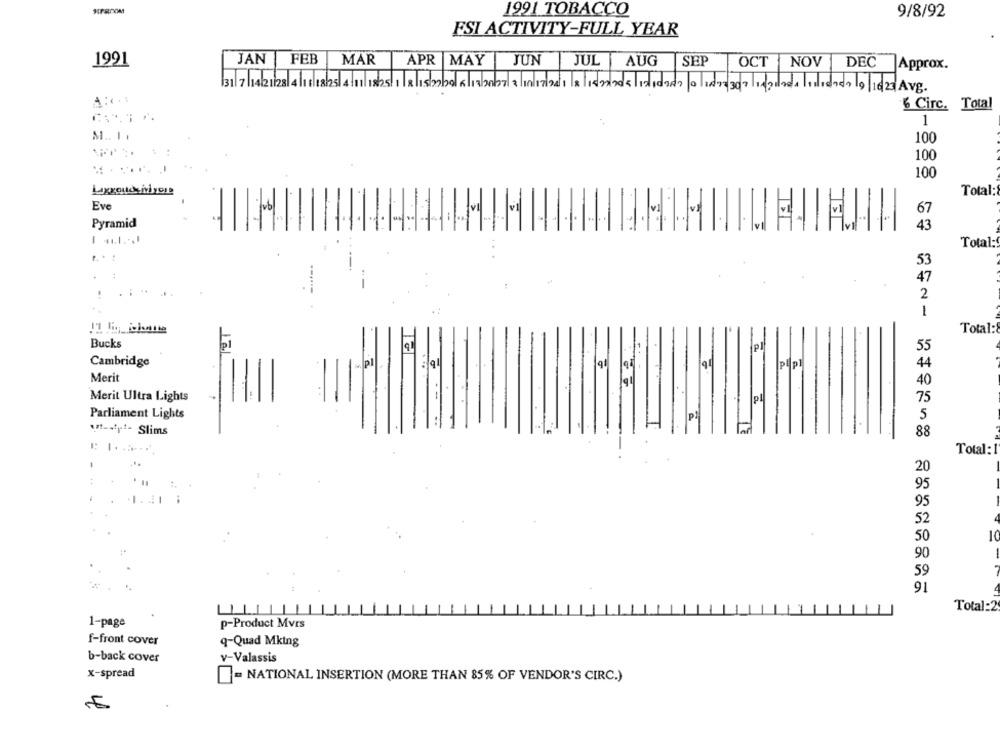
1991 TOBACCO
9/8/92
ESI ACTIVITY-FULL YEAR
JAN
FEB
MAR
1991
APR MAY JUN
JUL AUG SEP
OCT NOV
DEC Approx.
31 7 1421 23 4 16 18 25 4:11 1825 1|8|15 22 09 6 18/2007 3 10 17:241 |8 |1877 26 5 12 10989 |0 |187: 30 7 :glad Isalidaen 19|1623 Avg.
A.C.1
6 Circ. Total
1
M .. ..
100
100
100
Laxgoudsivi yore
Total:
Eve
67
Pyramid
43
Total:
53
47
2
1
Total:
Bucks
Pl
55
Cambridge
pl
pilpl
44
Merit
40
Merit Ultra Lights
..
pl
75
Parliament Lights
P!
5
t -- rt- Slims
88
Total:
20
95
95
52
50
10
90
59
91
Total:2
1-page
p-Product Mvrs
f-front cover
q-Quad Mking
b-back cover
v-Valassis
x-spread
- NATIONAL INSERTION (MORE THAN 85% OF VENDOR'S CIRC.)